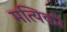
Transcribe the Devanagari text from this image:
मत्यिकी